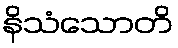
နိသံသောတိ